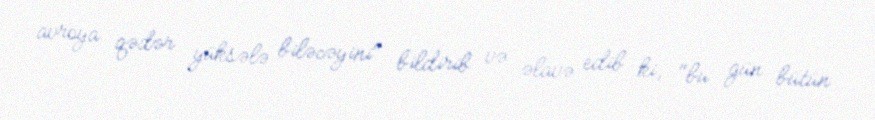
avroya qədər yüksələ biləcəyini" bildirib və əlavə edib ki, "bu gün bütün